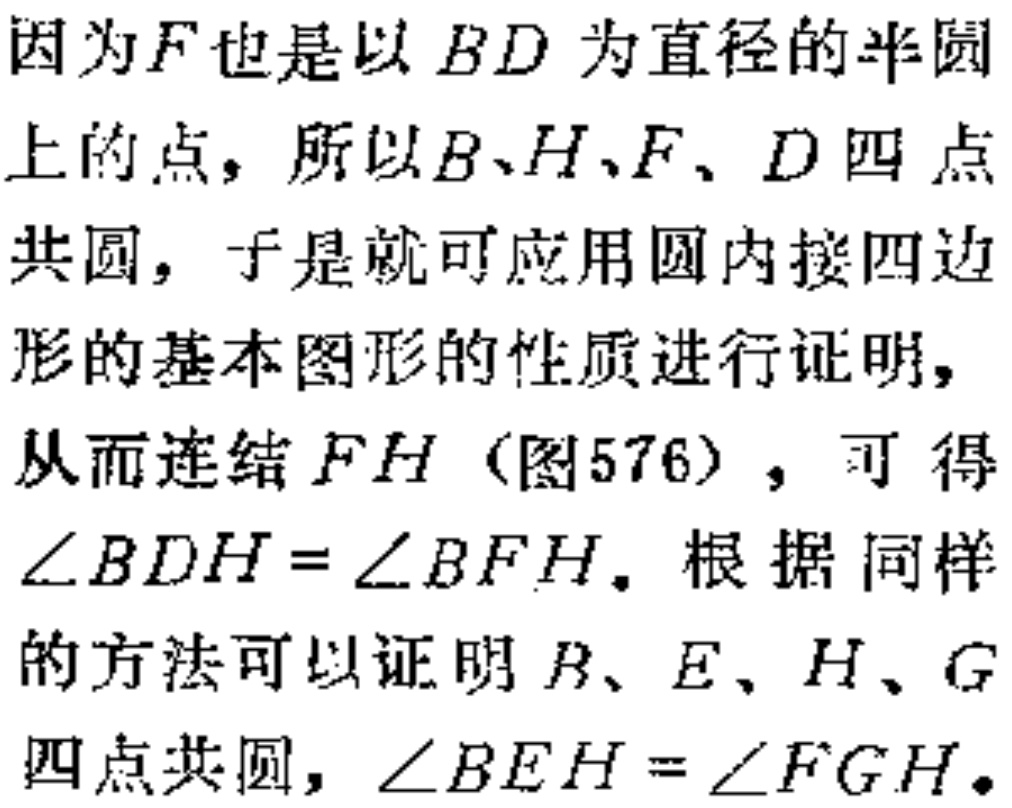
因为\(F\)也是以\(BD\)为直径的半圆
上的点，所以\(B、H、F、D\)四点
共圆，于是就可应用圆内接四边
形的基本图形的性质进行证明，
从而连结\(FH\)（图576），可得
\(\angle BDH = \angle BFH\)。根据同样
的方法可以证明\(B、E、H、G\)
四点共圆，\(\angle BEH = \angle FGH\)。